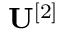
\mathbf { U } ^ { [ 2 ] }